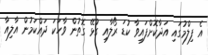
އެ ފިލްމުގައި އަދާކޮށްފައިވާ ކުޑަ ރޯލާއި ގުޅޭ ގޮތުން ވާހަކަ ދައްކަމުން އާލިއާ